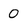
Character: 0